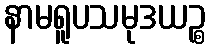
နာမရူပသမုဒယဉ္စ